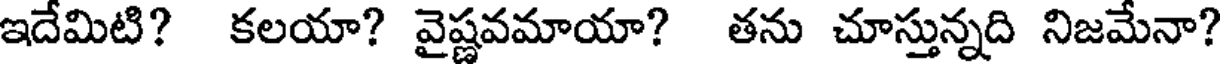
ఇదేమిటి? కలయా? వైష్ణవమాయా? తను చూస్తున్నది నిజమేనా?